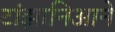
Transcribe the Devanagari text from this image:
टांझानिआने